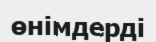
өнімдерді